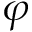
\varphi